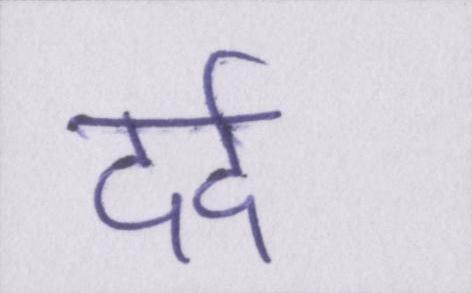
दर्द